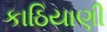
કાઠિયાણી